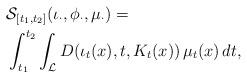
LaTeX: \begin{align*}&\mathcal{S}_{[t_1,t_2]}(\iota_\cdot,\phi_\cdot,\mu_\cdot)=\\&\int_{t_1}^{t_2}\int_{\mathcal{L}}D(\iota_t(x),t,K_t(x))\,\mu_t(x)\,dt,\end{align*}